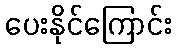
ပေးနိုင်ကြောင်း